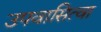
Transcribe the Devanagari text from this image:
उपवासित्वा